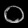
Digit: ၀